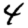
Digit: 4